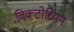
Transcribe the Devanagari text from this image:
विक्‍टोरियन